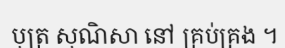
បុត្រ សុណិសា នៅ គ្រប់គ្រង ។